Vital statistics of India. Vol. VI, European troops 1870-79
Year: 1870
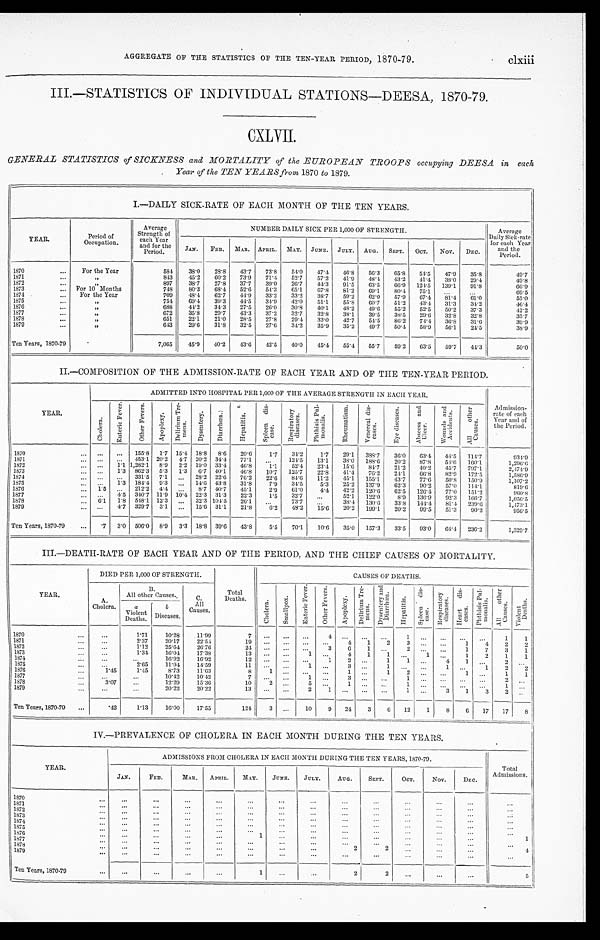
AGGREGATE OF THE STATISTICS OF THE TEN-YEAR PERIOD, 1870-79.
clxiii
III.—STATISTICS OF INDIVIDUAL STATIONS—DEESA, 1870-79.
CXLVII.
GENERAL STATISTICS of SICKNESS and MORTALITY of the EUROPEAN TROOPS occupying DEESA in each
Year of the TEN YEARS from 1870 to 1879.
I.—DAILY SICK-RATE OF EACH MONTH OF THE TEN YEARS.
YEAR.
Period of
Occupation.
Average
Strength of
each Year
and for the
Period.
NUMBER DAILY SICK PER 1,000 OF STRENGTH.
Average
Daily Sick-rate
for each Year
and the
Period.
JAN. FEB. MAR. APRIL. MAY. JUNE. JULY. AUG. SEPT. OCT. NOV. DEC.
1870
1871 1872 1873 1874 1875 1876 1877 1878
1879
For the Year
„ „
For 10 Months
For the Year
„ „ „ „ „
584
843 897
748 709 754 688 672 651
643
38.0 45.2
38.7
80.3 48.4
69.4
44.2 35.8 22.1
29.6
29.8
60.2 27.8 68.4
62.7 39.3
34.3 29.7 21.0
31.8
43.7 73.9 37.7 52.6
44.9 44.5
27.5 43.3 28.5
32.5
73.8 71.4 39.0 54.3
33.2 3 4 . 9
26.0 37.2 27.8 27.6
54.0 52.7 26.7 65.1
33.2
42.0 30.8 32.7 29.4
34.2
47.4 57.2
44.3
67.8 38.7
51.1
40.1
32.8 33.0 35.9
46.8 41.9 91.5
81.2 59.2
55.8
48.2
38.1 42.7 35.2
56.3 48.4 63.5
69.1 62.0
60.7 49.6 39.5
54.5
49.7
65.8
43.2
66.9 80.4 57.9
51.2 55.2 38.5
86.2 50.4
54.5 41.4
124.5 75.1 67.4
43.4 52.5 29.6
74.4 58.9
47.9 38.0
139.1
81.4 31.3 50.2
32.8 36.8 56.1
35.8 29.4 91.8
61.0
34.6 37.3
32.8 31.6
24.5
49.7
49.8 66.9 69.5 55.0
46. 4
42.2
35.7 39.9
3 8 . 9
Ten Years, 1870-79
7,065 45.9 40.2 43.6 42.5 40.0 45.4 55.4 55.7 59.2 63.5 59.7 44.3
5 0 . 0
II.—COMPOSITION OF THE ADMISSION-RATE OF EACH YEAR AND OF THE TEN-YEAR PERIOD.
YEAR.
ADMITTED INTO HOSPITAL PER 1,000 OF THE AVERAGE STRENGTH IN EACH YEAR.
Admission-
r at e of each
Year and of
the Period.
C h o l e r a .
E n t e r i c F e v e r . O t h e r F e v e r s .
A p o p l e x y .
D e l i r i u m T r e m e n s .
D y s e n t e r y . D i a r r h œ a .
H e p a t i t i s .
S p l e e n d i s e a s e s .
R e s p i r a t o r y d i s e a s e s .
P h t h i s i s P u l m o n a l i s .
R h e u m a t i s m . V e n e r e a l d i s e a s e s .
E y e d i s e a s e s .
A b s c e s s a n d U l c e r .
W o u n d s a n d A c c i d e n t s .
A l l o t h e r C a u s e s .
1870 1871
1872
1873
1874 1875
1876
1877 1878
1879
1.5
6.1
1.1 1.3
1.3
4.5 1.8
4.7
155.8
453.1
1,282.1 862.3
331.5 184.4 212.2
340.7 548.1 329.7
1.7
20.2 8.9 5.3
7.1
9.3
4.4
11.9 12.3 3.1
15.4
4.7 2.2 1.3
10.4
18.8 20.2
19.0 6.7
28.2
14.6 8.7
22.3
32.3 15.6
8.6
34.4 33.4 40.1 22.6
43.8 40.7 31.3
104.5 31.1
20.6 77.1
46.8 46.8 76.2
31.8 45.1
22.3 26.1
21.8
1.7
1.1
10.7 22.6 7.9
2.9 1.5
6.2
34.2
124.5
52.4
125.7 84.6
34.5
61.0 32.7 73.7 48.2
1.7
13.1 23.4
22.8 11.2
5.3
4.4
15.6
29.1 38.0
15.6
41.4 45.1
25.2
42.2
52.1
38.4 20.2
388.7 188.6
84.7 76.2
155.1. 137.9 120.6
122.0 130.6
199.1
36.0 20.2
21.2 24.1 43.7 62.3
62.5 8.9
33.8
20.2
63.4
87.8 40.2
66.8 77.6 90.3
126.4 136.9
144.4 99.5
44.5 54.6 45.7 82.9 50.8 57.0
77.0 92.3 81.4
51.3
114.7 160.1
797.1 172.5
150.9 114.1 151.2 166.7
239.6
90.2
9 3 4 . 9
1 , 2 9 6 . 6
2 , 4 7 4 . 9
1 , 5 8 6 . 9
1,107.2
8 1 9 . 6
9 6 0 . 8
1,056.5
1,473.1 956.5
Ten Years, 1870-79
.7 3.0 506.0 8.9 3.3 18.8 39.6 43.8
5.5 70.1 10.6 35.0 157.3 33.5 93.0 61.4 236.2
1,329.7
III.—DEATH-RATE OF EACH YEAR AND OF THE PERIOD, AND THE CHIEF CAUSES OF MORTALITY.
YEAR.
DIED PER 1,000 OF STRENGTH.
Total
Deaths.
CAUSES OF DEATHS
.
13.
All other Causes..
C.
All C a u s e s .
C h o l e r a . S m a l l p o x .
E n t e r i c F e v e r .
O t h e r F e v e r s .
A p o p l e x y .
D e l i r i u m T r e m e n s . D y s e n t e r y a n d D i a r r h œ a
H e p a t i t i s .
S p l e e n d i s e a s e s .
R e s p i r a t o r y d i s e a s e s .
H e a r t d i s e a s e s . P h t h i s i s P u l m o n a l i s A l l o t h e r C a u s e s .
V i o l e n t
D e a t h s .
Cholera.
a
Violent
Deaths.
b
Di seases.
1870 1871 1872 1873 1874 1875 1876
1877 1878
1879
1.45
3.07
1.71
2.37 1.12
1.34
2.65 1.45
10.28 20.17 25.64 16.04 16.92 11.14 8.73
10.42 12.29 20.22
11.99
22.54
26.76 17.38
16.92 14.59 11.63
10.42
15.36 20.22
7
1 9
2 4
1 3
1 2
1 1
8 7
10 1 3
1 2
1 1 1 5 2
4 3 1 1
4 6 4
2
3 1 3 1
1 1 1
2
1
1
1
1
1
3 2 1 2 1 1 1
1 4 1
3
1 1 1
1
1
1
4 7 2
1
3
1 2 3 1 2 2 1
2 1
2
1 2
1 1 2 1
Ten Years, 1870-79
.42
1.13 16.00 17.55
124 3
10
9 24 3
6 12 1 8 6 17 17 8
IV.—PREVALENCE OF CHOLERA IN EACH MONTH DURING THE TEN YEARS.
YEAR.
ADMISSIONS FROM CHOLERA IN EACH MONTH DURING THE TEN YEARS, 1870-79.
Total
Admissions.
JAN.
FEB.
MAR. APRIL. MAY. JUNE. JULY. AUG. SEPT.
OCT.
NOV.
DE C.
1870
1871 1872 1873 187 4
1875
1876
1877 1878 1879
1
2
2
1 4
Ten Years, 1870-70
1
2
2
5